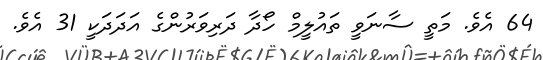
64 އެވެ. މަތީ ސާނަވީ ތައުލީމް ހޯދާ ދަރިވަރުންގެ އަދަދަކީ 31 އެވެ.